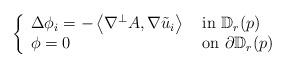
LaTeX: \begin{align*} \left\{ \begin{array}{ll} \Delta \phi_i = - \left\langle \nabla^{\perp} A , \nabla \tilde{u}_i \right\rangle & \hbox{ in } \mathbb{D}_r(p) \\\phi = 0 & \hbox{ on } \partial \mathbb{D}_r(p)\end{array} \right. \end{align*}